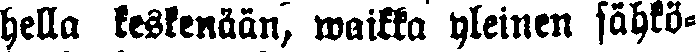
hella keskenään, waikka yleinen sähkö-